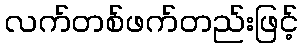
လက်တစ်ဖက်တည်းဖြင့်